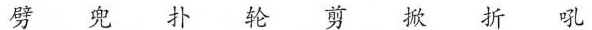
劈 兜 扑 轮 剪 掀 折 吼